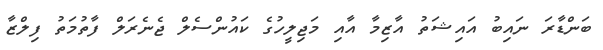
ބަންޑާރަ ނައިބު އައިޝަތު އާޒިމާ އާއި މަޖިލީހުގެ ކައުންސެލް ޖެނެރަލް ފާތުމަތު ފިލްޒާ